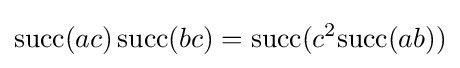
\mathrm {succ} (ac)\,\mathrm {succ} (bc)=\mathrm {succ} (c^{2}\mathrm {succ} (ab))